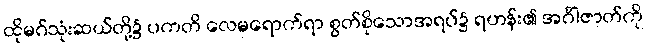
ထိုမဂ်သုံးဆယ်တို့၌ ပကတိ လေမရောက်ရာ စွတ်စိုသောအရပ်၌ ရဟန်း၏ အင်္ဂါဇာတ်ကို